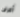
أعرف